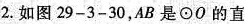
2.如图29-3-30，AB是⊙O的直